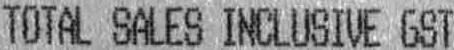
TOTAL SALES INCLUSIVE GST